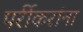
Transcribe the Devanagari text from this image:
पर्रीकरांना